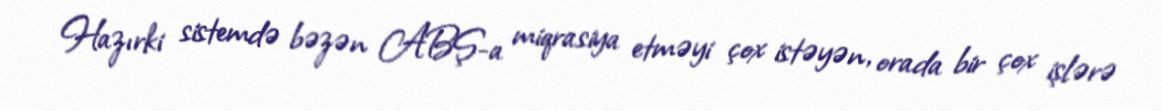
Hazırki sistemdə bəzən ABŞ-a miqrasiya etməyi çox istəyən, orada bir çox işlərə